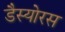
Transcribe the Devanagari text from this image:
डैस्योरस